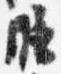
膳